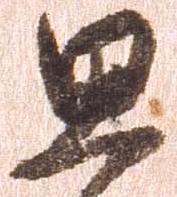
思